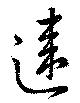
違